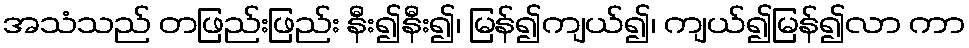
အသံသည် တဖြည်းဖြည်း နီး၍နီး၍၊ မြန်၍ကျယ်၍၊ ကျယ်၍မြန်၍လာ ကာ